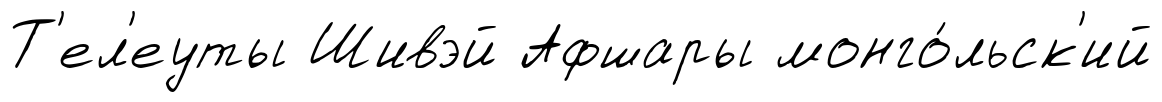
Т'ел'еуты Шивэй Афшары монго́льск'ий